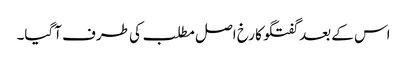
اس کے بعد گفتگو کا رخ اصل مطلب کی طرف آگیا۔